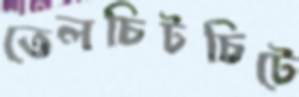
তেলচিটচিটে